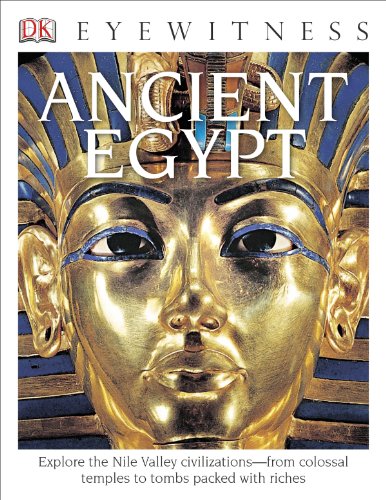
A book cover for DK Eyewitness Books: Ancient Egypt; George Hart; Children's Books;